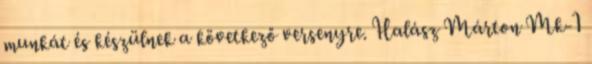
munkát és készülnek a következő versenyre. Halász Márton Mk-1